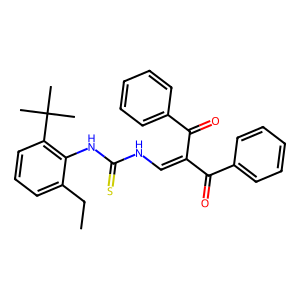
SMILES: CCc1cccc(C(C)(C)C)c1NC(=S)NC=C(C(=O)c1ccccc1)C(=O)c1ccccc1
Inhibits HIV replication: No